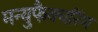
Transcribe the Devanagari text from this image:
मन्युफैक्चरिंग